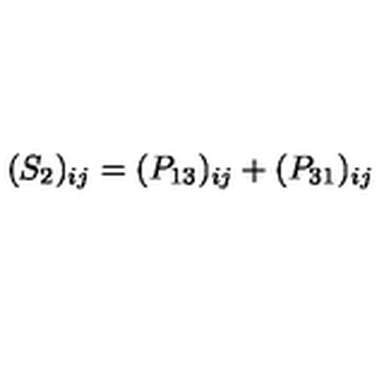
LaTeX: ( S _ { 2 } ) _ { i j } = ( P _ { 1 3 } ) _ { i j } + ( P _ { 3 1 } ) _ { i j }